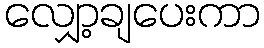
လျှော့ချပေးကာ